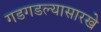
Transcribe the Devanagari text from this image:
गडगडल्यासारखे